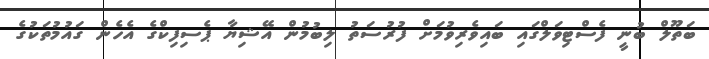
ބަތޫލް ބުނީ ފެސްޓިވަލްގައި ބައިވެރިވުމަށް ފުރުސަތު ލިބުމުން އޭޝިޔާ ޕެސިފިކްގެ އެހެން ގައުމުތަކުގެ